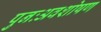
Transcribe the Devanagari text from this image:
पुनःअवशोषण